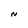
Character: N